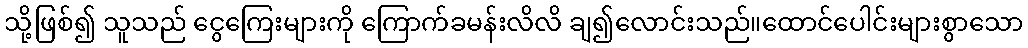
သို့ဖြစ်၍ သူသည် ငွေကြေးများကို ကြောက်ခမန်းလိလိ ချ၍လောင်းသည်။ထောင်ပေါင်းများစွာသော